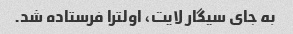
به جای سیگار لایت، اولترا فرستاده شد.